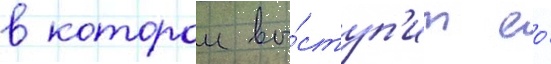
в которои вы́ступ'ит ео́